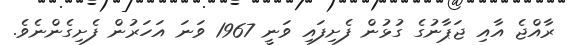
ރާއްޖެ އާއި ޖަޕާނުގެ ގުޅުން ފެށިފައި ވަނީ 1967 ވަނަ އަހަރުން ފެށިގެންނެވެ.